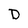
Character: D